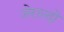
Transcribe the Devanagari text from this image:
जेराल्दो